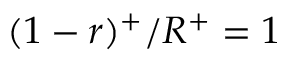
( 1 - r ) ^ { + } / R ^ { + } = 1